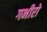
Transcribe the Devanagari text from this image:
गभीरो